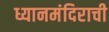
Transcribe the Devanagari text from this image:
ध्यानमंदिराची